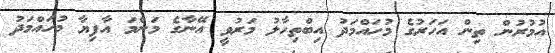
އުމުރުން ތިން އަހަރުގެ މުހައްމަދު އިބްތިހާލު މަރުވީ އޭނާގެ މަންމަ އާފިޔާ މުހައްމަދު